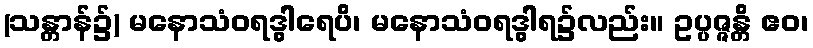
(သန္တာန်၌) မနောသံဝရဒွါရေပိ၊ မနောသံဝရဒွါရ၌လည်း။ ဥပ္ပဇ္ဇန္တိ ဧဝ၊